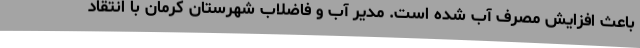
باعث افزایش مصرف آب شده است. مدیر آب و فاضلاب شهرستان کرمان با انتقاد